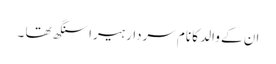
ان کے والد کا نام سردار ہیرا سنگھ تھا ۔